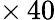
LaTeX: \times\, 40